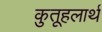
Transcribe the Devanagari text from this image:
कुतूहलार्थ